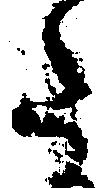
た